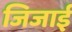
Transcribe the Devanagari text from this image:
जिजाई